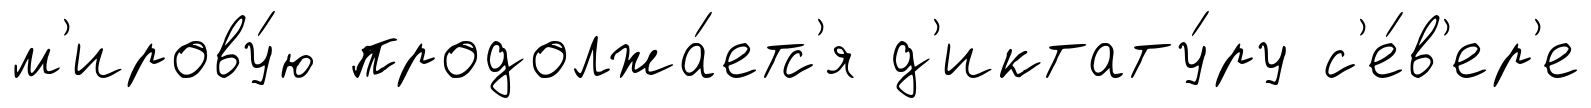
м'ирову́ю продолжа́етс'я д'иктату́ру с'е́в'ер'е